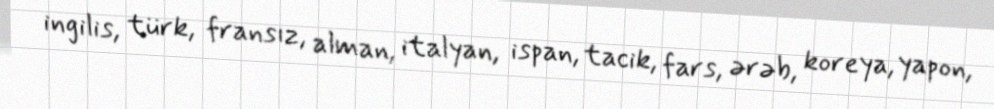
ingilis, türk, fransız, alman, italyan, ispan, tacik, fars, ərəb, koreya, yapon,